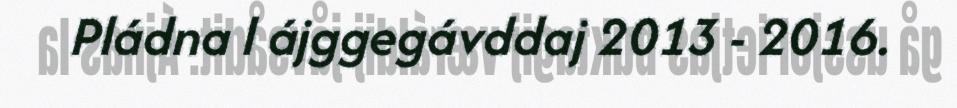
Pládna l ájggegávddaj 2013 - 2016.